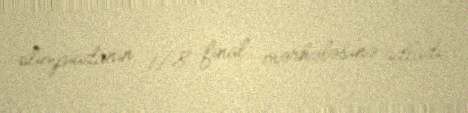
olimpiadanın 1/8 final mərhələsinə adladı.